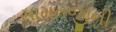
સામતજીની